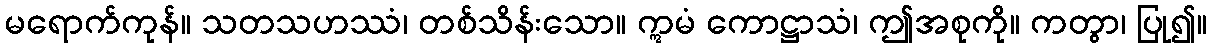
မရောက်ကုန်။ သတသဟဿံ၊ တစ်သိန်းသော။ ဣမံ ကောဋ္ဌာသံ၊ ဤအစုကို။ ကတွာ၊ ပြု၍။